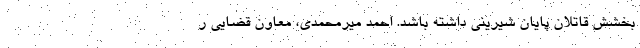
بخشش قاتلان پایان شیرینی داشته باشد. احمد میرمحمدی، معاون قضایی ر